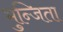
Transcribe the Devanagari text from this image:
भुन्जिता